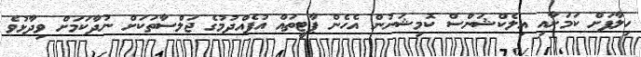
ހިލާފަށް ކަމަށާއި އިލެކްޝަންސް ކޮމިޝަނުން އެހެން ޕާޓީތައް އުފެއްދުމުގެ ޖަލްސާތަކަށް ނުދާކަމަށް ވިދާޅުވެ